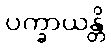
ပက္ခာယန္တိ